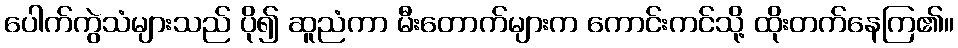
ပေါက်ကွဲသံများသည် ပို၍ ဆူညံကာ မီးတောက်များက ကောင်းကင်သို့ ထိုးတက်နေကြ၏။